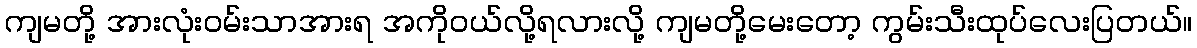
ကျမတို့ အားလုံးဝမ်းသာအားရ အကိုဝယ်လို့ရလားလို့ ကျမတို့မေးတော့ ကွမ်းသီးထုပ်လေးပြတယ်။